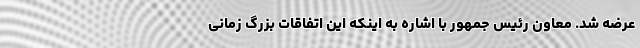
عرضه شد. معاون رئیس جمهور با اشاره به اینکه این اتفاقات بزرگ زمانی